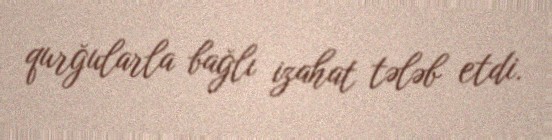
qurğularla bağlı izahat tələb etdi.